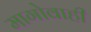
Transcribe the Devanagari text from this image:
मागोवाही